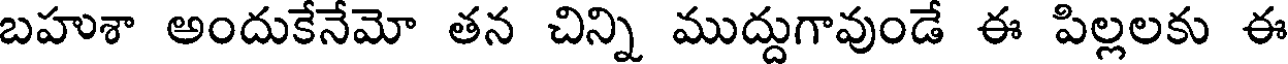
బహుశా అందుకేనేమో తన చిన్ని ముద్దుగావుండే ఈ పిల్లలకు ఈ